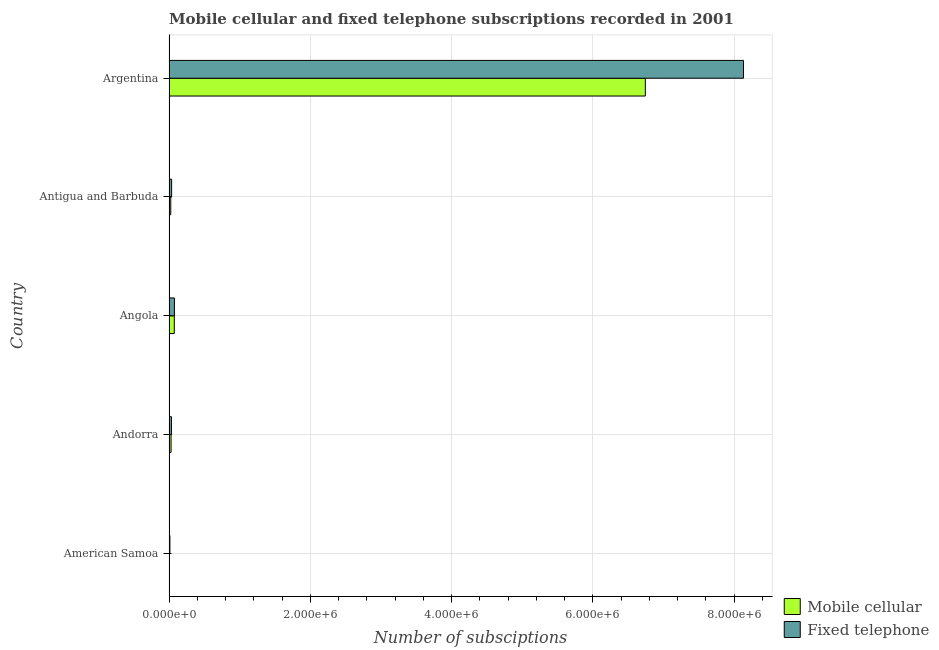
| Country | Mobile cellular | Fixed telephone |
 | --- | --- | --- |
 | American Samoa | 2.16e+03 | 1.26e+04 |
 | Andorra | 2.94e+04 | 3.45e+04 |
 | Angola | 7.5e+04 | 7.68e+04 |
 | Antigua and Barbuda | 2.5e+04 | 3.73e+04 |
 | Argentina | 6.74e+06 | 8.13e+06 |